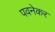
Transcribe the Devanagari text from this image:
पवनेकर